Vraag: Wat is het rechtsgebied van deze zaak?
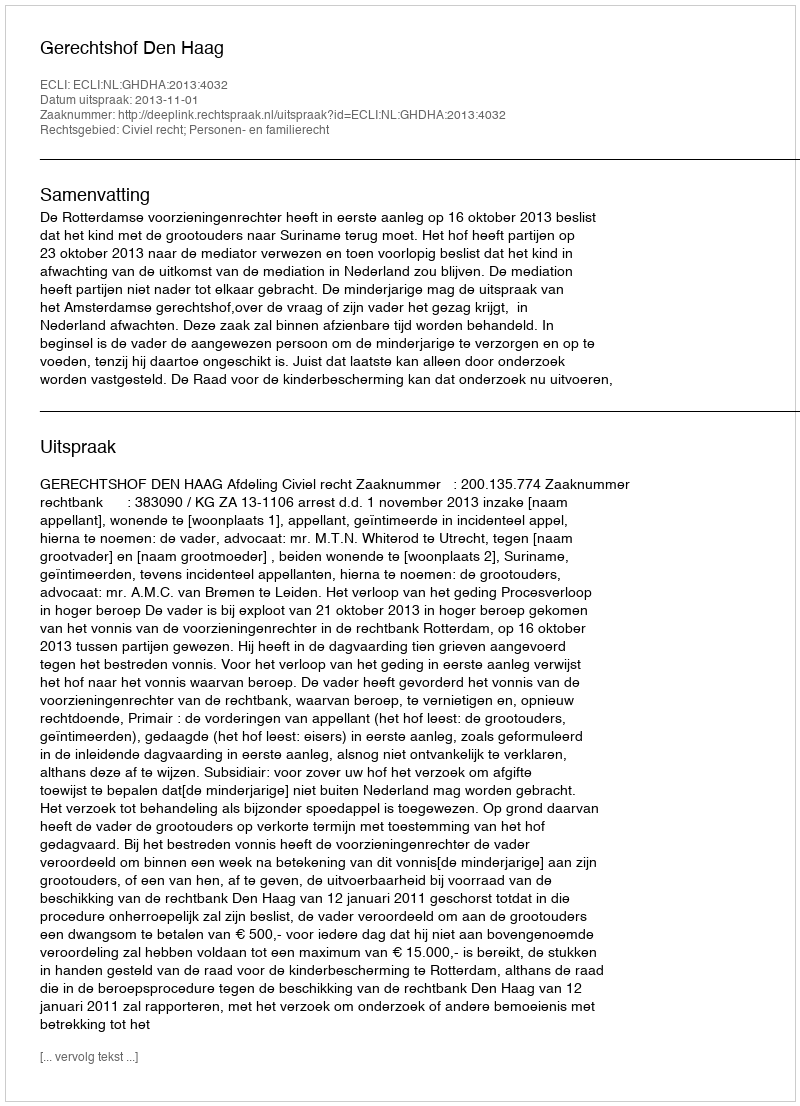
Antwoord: Civiel recht; Personen- en familierecht